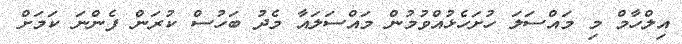
އިލްހާމް މި މައްސަލަ ހުށަހެޅުއްވުމުން މައްސަލައާ މެދު ބަހުސް ކުރަން ފެންނަ ކަމަށް